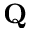
\mathbf { Q }